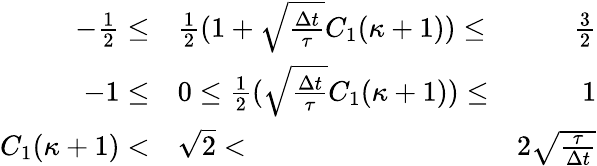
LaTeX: \begin{array}{rlr}{-\frac{1}{2}\le}&{\frac{1}{2}(1+\sqrt{\frac{\Delta t}{\tau}}C_{1}(\kappa+1))\le}&{\frac{3}{2}}\\ {-1\le}&{0\le\frac{1}{2}(\sqrt{\frac{\Delta t}{\tau}}C_{1}(\kappa+1))\le}&{1}\\ {C_{1}(\kappa+1)<}&{\sqrt{2}<}&{2\sqrt{\frac{\tau}{\Delta t}}}\end{array}